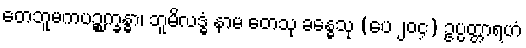
တေဘူမကပဉ္စက္ခန္ဓာ၊ ဘူမိလဒ္ဓံ နာမ တေသု ခန္ဓေသု (ပေ ၂၀၄) ဥပ္ပတ္တာရဟံ